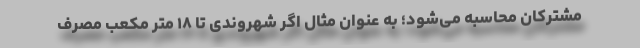
مشترکان محاسبه می‌شود؛ به عنوان مثال اگر شهروندی تا ۱۸ متر مکعب مصرف